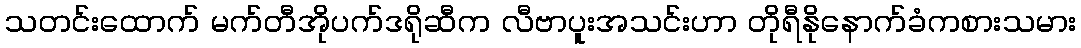
သတင်းထောက် မက်တီအိုပက်ဒရိုဆီက လီဗာပူးအသင်းဟာ တိုရီနိုနောက်ခံကစားသမား